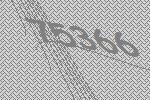
75366